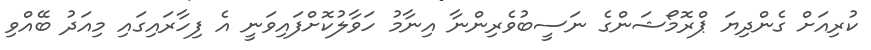
ކުރިއަށް ގެންދިޔަ ޕްރޮމޯޝަންގެ ނަސީބުވެރިންނާ އިނާމު ހަވާލުކޮށްފައިވަނީ އެ ފިހާރައިގައި މިއަދު ބޭއްވި